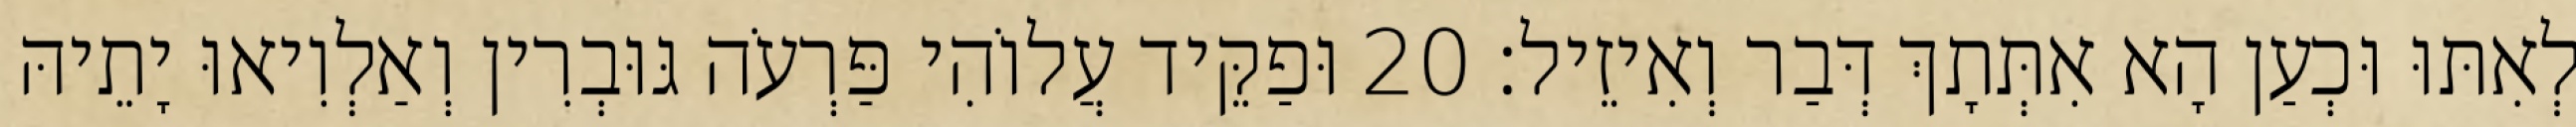
לְאִתּוּ וּכְעַן הָא אִתְּתָךְ דְּבַר וְאִיזֵיל׃ 20 וּפַקֵּיד עֲלוֹהִי פַּרְעֹה גּוּבְרִין וְאַלְוִיאוּ יָתֵיהּ